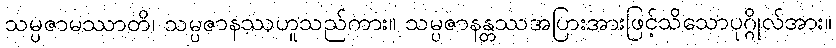
သမ္ပဇာမဿာတိ၊ သမ္ပဇာနဿဟူသည်ကား။ သမ္ပဇာနန္တဿအပြားအားဖြင့်သိသောပုဂ္ဂိုလ်အား။